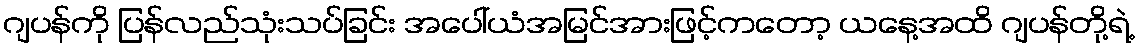
ဂျပန်ကို ပြန်လည်သုံးသပ်ခြင်း အပေါ်ယံအမြင်အားဖြင့်ကတော့ ယနေ့အထိ ဂျပန်တို့ရဲ့